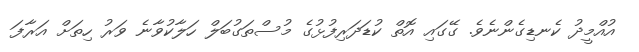
އުއްމީދު ކެނޑިގެންނެވެ. ގޭގައި އޮތް ކުޑަދަރިފުޅުގެ މުސްތަގުބަލް ހަލާކުވާނެ ވަރު ހިތަށް އަރާފަ